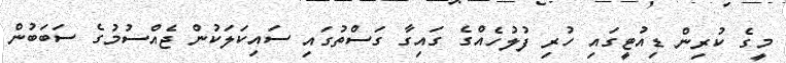
މީގެ ކުރިން ޑިއުޓީގައި ހުރި ފުލުހެއްގެ ގައިގާ ގަސްތުގައި ސައިކަލަކުން ޖެއްސުމުގެ ސަބަބުން